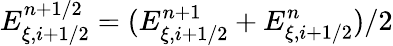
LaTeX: {E}_{\xi,i+1/2}^{n+1/2}=({E}_{\xi,i+1/2}^{n+1}+{E}_{\xi,i+1/2}^{n})/2